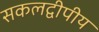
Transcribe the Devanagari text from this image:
सकलद्वीपीय